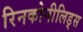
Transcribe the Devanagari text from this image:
रिनकोनीलिड्स